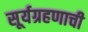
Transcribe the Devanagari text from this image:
सूर्यग्रहणाची